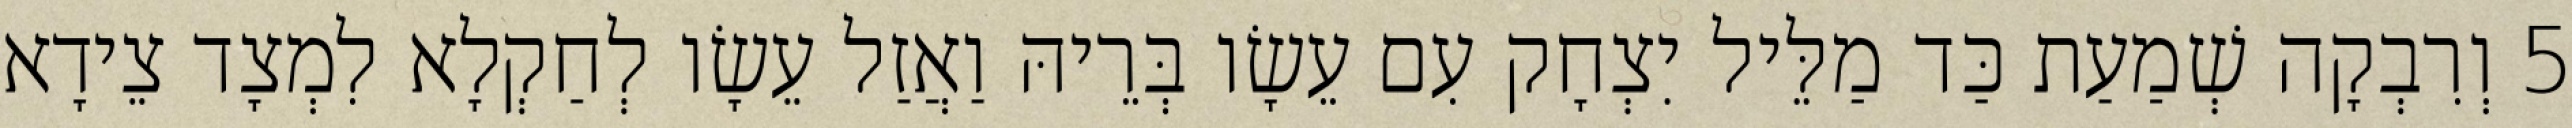
5 וְרִבְקָה שְׁמַעַת כַּד מַלֵּיל יִצְחָק עִם עֵשָׂו בְּרֵיהּ וַאֲזַל עֵשָׂו לְחַקְלָא לִמְצָד צֵידָא